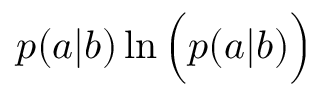
p ( a | b ) \ln \Big ( p ( a | b ) \Big )